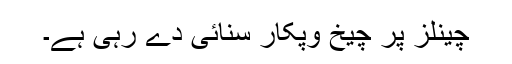
چینلز پر چیخ وپکار سنائی دے رہی ہے۔